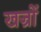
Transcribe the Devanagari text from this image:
खज्रों